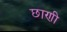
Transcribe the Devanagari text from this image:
छाणी